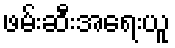
ဖမ်းဆီးအရေးယူ